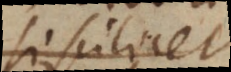
si scilicet